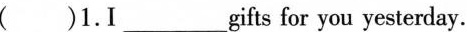
( )1.I ___gifts for you yesterday.